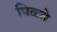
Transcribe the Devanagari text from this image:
पिळते